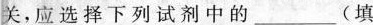
关。应选择下列试剂中的___(填